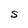
Character: S